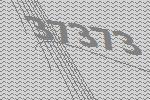
37373